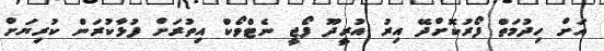
އަށް ހިދުމަތް ފޯރުކޮށްދޭ އިރު އުރީދޫ ފޯޖީ ނެޓްވޯކް އިތުރަށް ފުޅާކުރަން ކުރިޔަށް